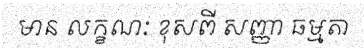
មាន លក្ខណៈ ខុសពី សញ្ញា ធម្មតា